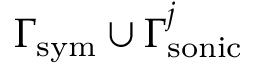
\Gamma _ { \mathrm { s y m } } \cup \Gamma _ { \mathrm { s o n i c } } ^ { j }